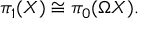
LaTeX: \pi _ { 1 } ( X ) \cong \pi _ { 0 } ( \Omega X ) .